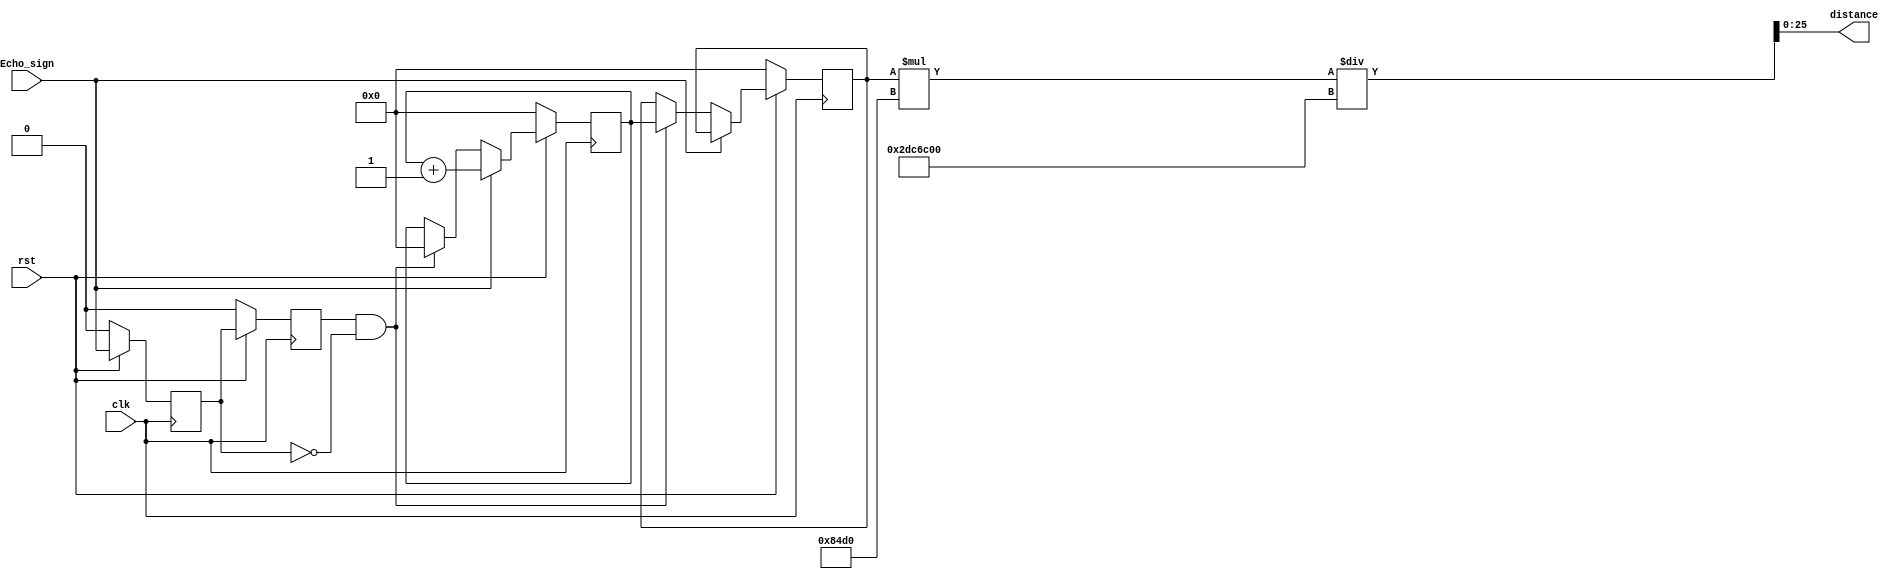
module Echo(

input rst,
input clk,
input Echo_sign,
output [25:0] distance
);

reg [25:0] Echo_cnt;
reg [25:0] Echo_distance_t; ////cm

reg Echo_sign_delay_neg_1 ;
reg Echo_sign_delay_neg_2 ;

wire neg_Echo_sign ;

always@(posedge clk)begin
	if(!rst)begin
		Echo_sign_delay_neg_1 <= 1'b0 ;
		Echo_sign_delay_neg_2 <= 1'b0 ;
	end
	else begin
		Echo_sign_delay_neg_1 <= Echo_sign ;
		Echo_sign_delay_neg_2 <= Echo_sign_delay_neg_1 ;
	end
end

assign neg_Echo_sign = (Echo_sign_delay_neg_2 && ~Echo_sign_delay_neg_1) ;

always@(posedge clk)begin
	if(!rst)begin
	Echo_cnt <= 0 ;
	Echo_distance_t <= 0 ;
	end
	else if(Echo_sign == 1)begin
	Echo_cnt <= Echo_cnt + 1 ;
	end
	else if(neg_Echo_sign)begin
	Echo_distance_t <= Echo_cnt ;
	Echo_cnt <= 0 ;
	end
end

assign distance = Echo_distance_t*34000/48000000 ;//cm



endmodule